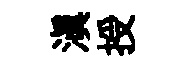
滇授